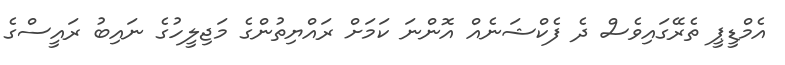
އެމްޑީޕީ ތެރޭގައިވެސް ދެ ފެކްޝަނެއް އޮންނަ ކަމަށް ރައްޔިތުންގެ މަޖިލީހުގެ ނައިބު ރައީސްގެ